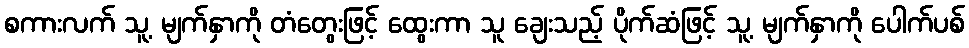
စကားလက် သူ့ မျက်နှာကို တံတွေးဖြင့် ထွေးကာ သူ ချေးသည့် ပိုက်ဆံဖြင့် သူ့ မျက်နှာကို ပေါက်ပစ်